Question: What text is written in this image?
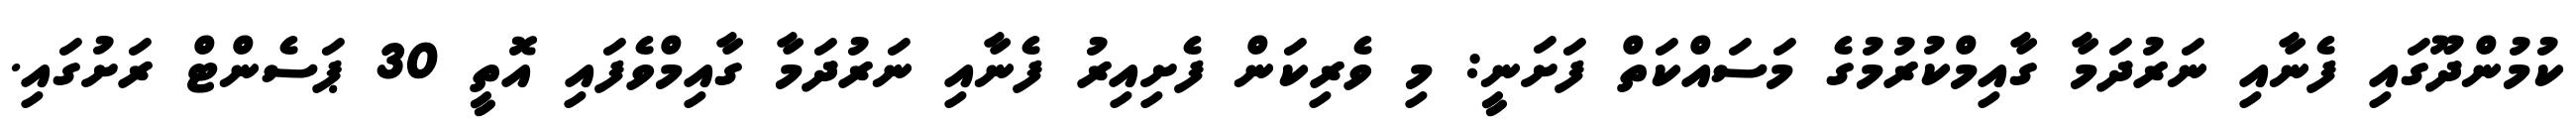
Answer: ކުމުންދޫގައި ފެނާއި ނަރުދަމާ ގާއިމްކުރުމުގެ މަސައްކަތް ފަށަނީ: މި ވެރިކަން ފެށިއިރު ފެނާއި ނަރުދަމާ ގާއިމްވެފައި އޮތީ 30 ޕަސެންޓް ރަށުގައި.